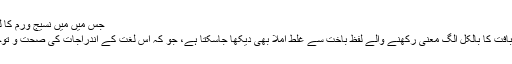
جس میں میں نسیج ورم کا لفظ دیکھا جاسکتا ہے[3]
اور لطف یہ کہ اس میں بافت کا بالکل الگ معنی رکھنے والے لفظ باخت سے غلط املا بھی دیکھا جاسکتا ہے، جو کہ اس لغت کے اندراجات کی صحت و توجہ کو مشکوک بناتا ہے۔